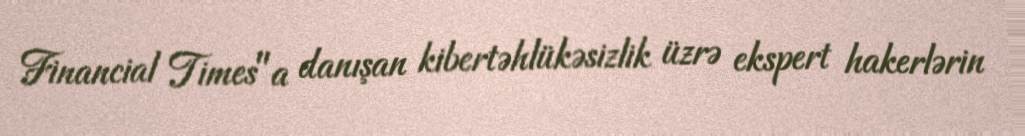
Financial Times"a danışan kibertəhlükəsizlik üzrə ekspert hakerlərin